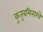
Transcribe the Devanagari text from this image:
कुतुबमिनारचे